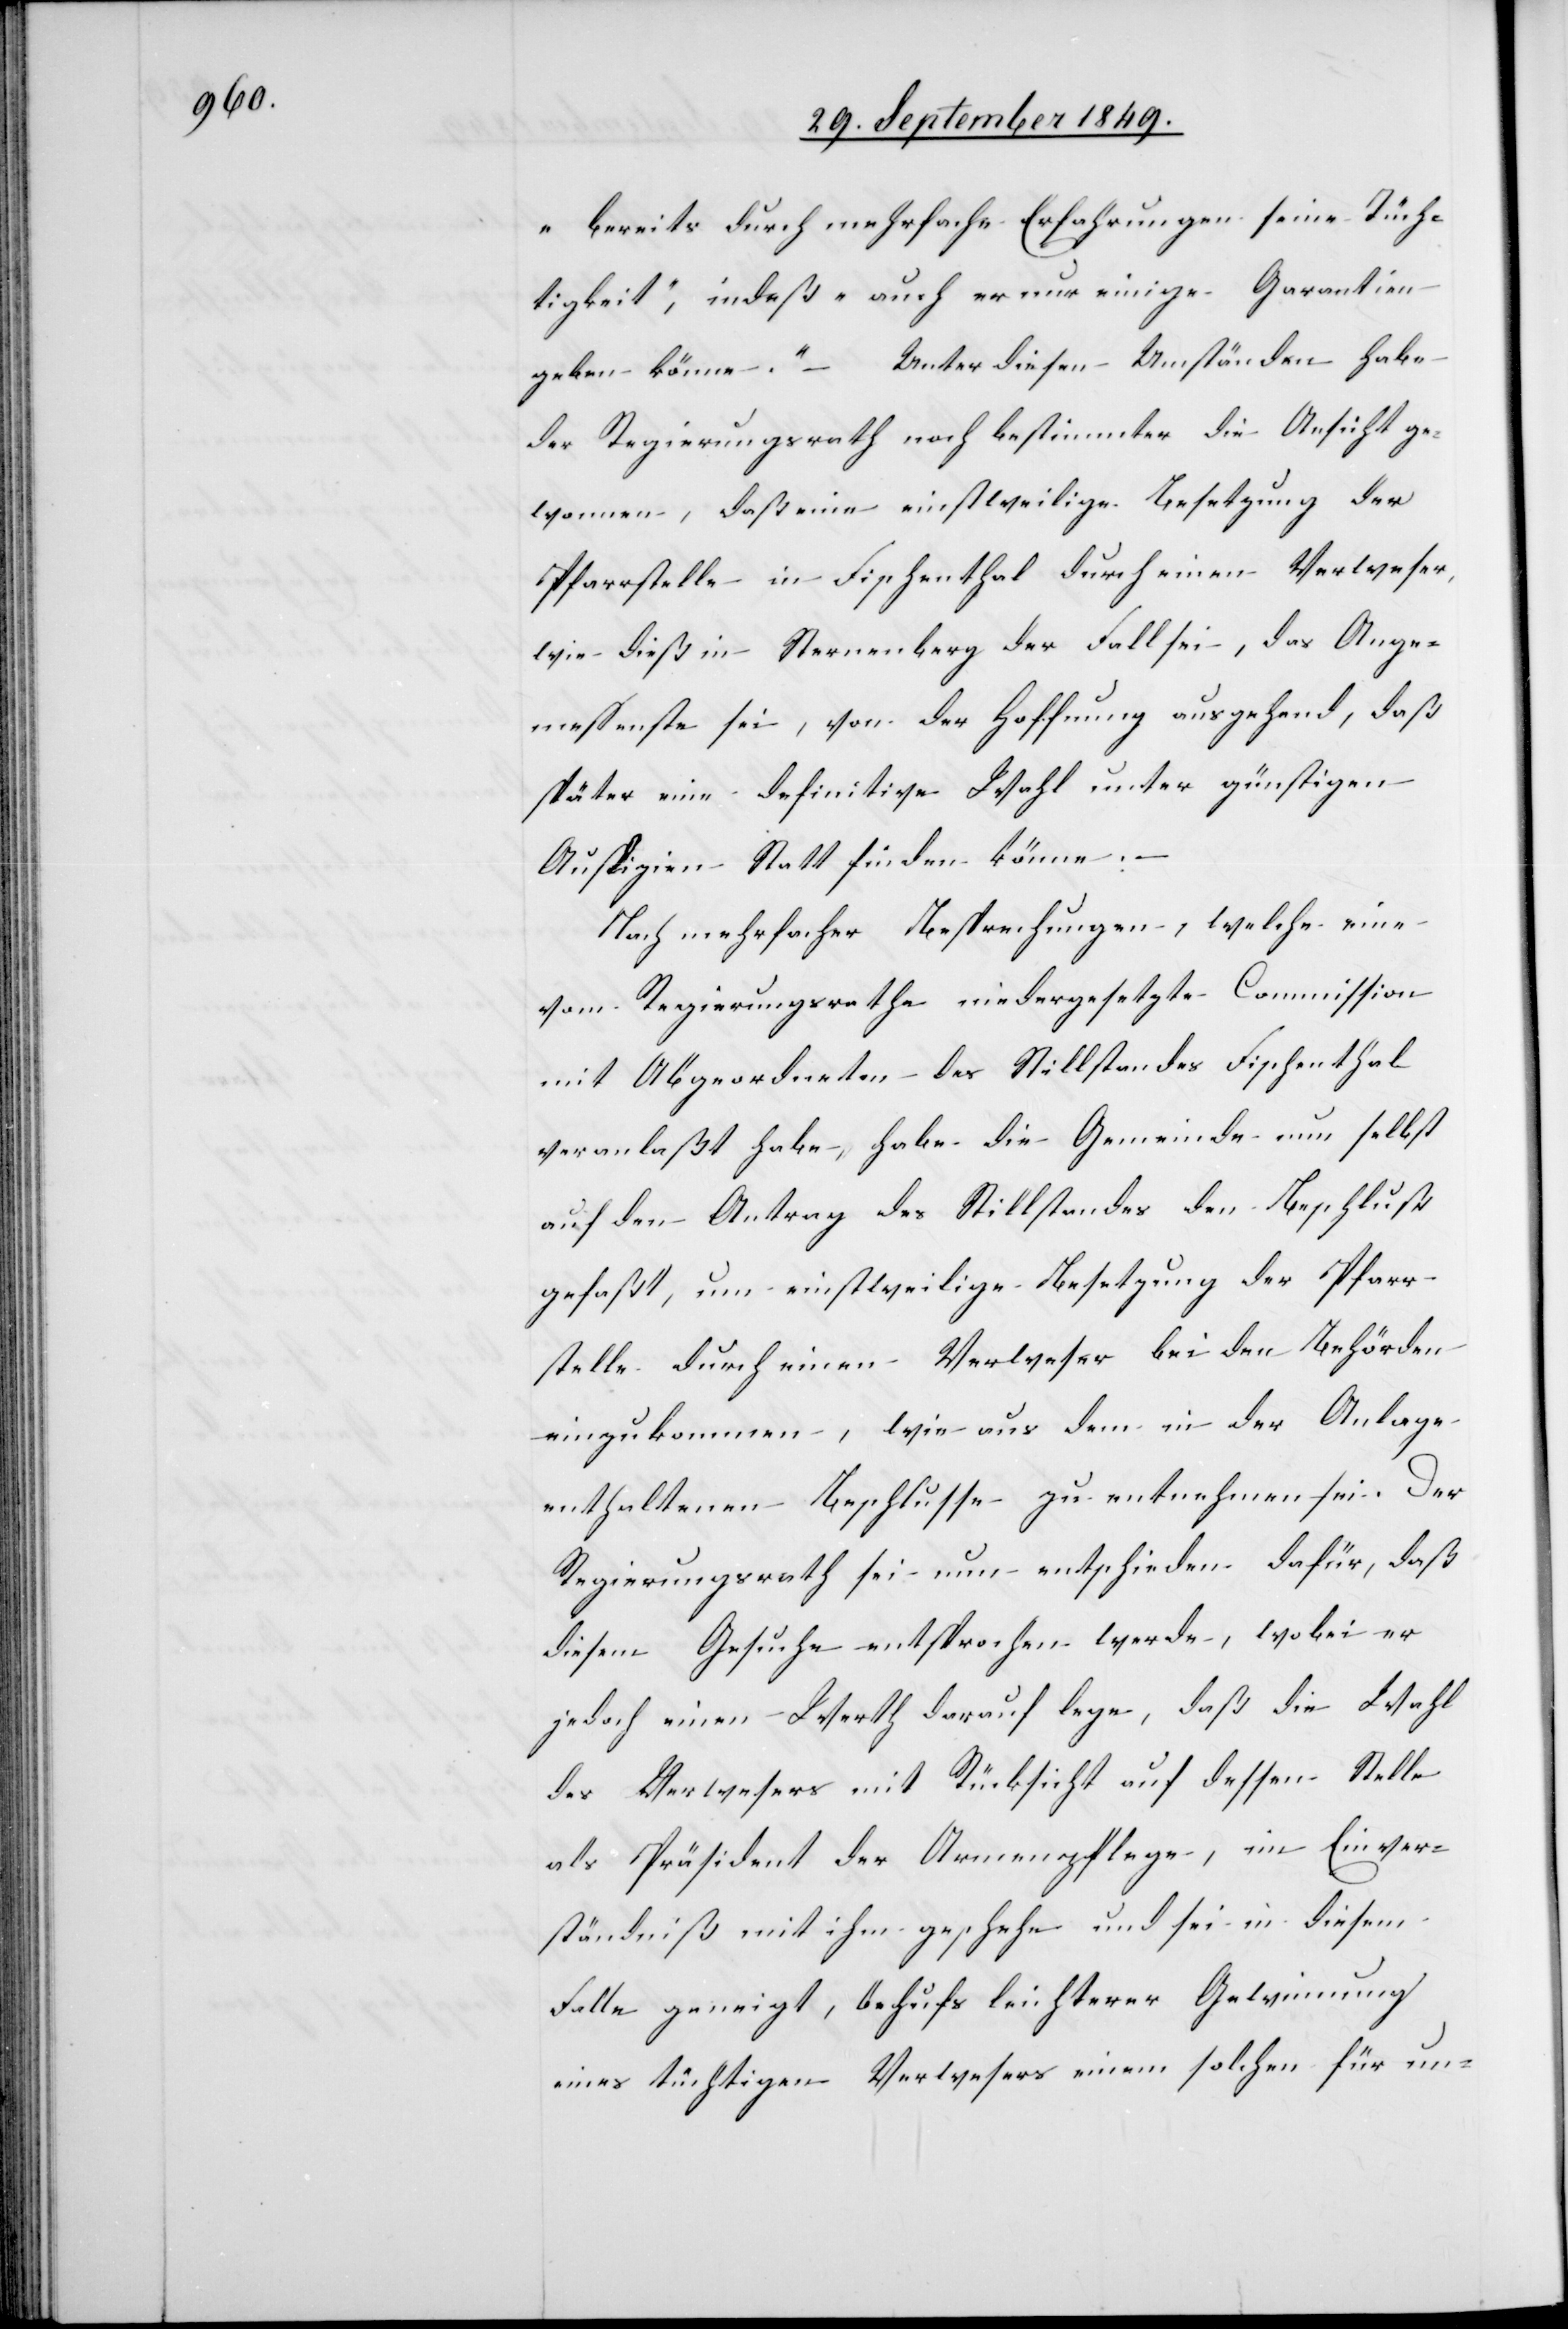
„bereits durch mehrfache Erfahrungen seine Tüch¬
tigkeit“, indeß „auch er nur einige Garantien
geben könne“ – Unter diesen Umständen habe
der Regierungsrath noch bestimmter die Ansicht ge¬
wonnen, daß eine einstweilige Besetzung der
Pfarrstelle in Fischenthal durch einen Verweser,
wie dieß in Sternenberg der Fall sei, das Ange¬
messenste sei, von der Hoffnung ausgehend, daß
später eine definitive Wahl unter günstigen
Auspizien Statt finden könne: –
Nach mehrfacher Besprechungen, welche eine
vom Regierungsrathe niedergesetzte Commission
mit Abgeordneten des Stillstandes Fischenthal
veranlaßt habe, habe die Gemeinde nun selbst
auf den Antrag des Stillstandes den Beschluß
gefaßt, um einstweilige Besetzung der Pfarr¬
stelle durch einen Verweser bei den Behörden
einzukommen, wie aus dem in der Anlage
enthaltenen Beschlusse zu entnehmen sei. Der
Regierungsrath sei nun entschieden dafür, daß
diesem Gesuche entsprochen werde, wobei er
jedoch einen Werth darauf lege, daß die Wahl
des Verwesers mit Rücksicht auf dessen Stelle
als Präsident der Armenpflege, im Einver¬
ständniß mit ihm geschehe und sei in diesem
Falle geneigt, behufs leichterer Gewinnung
eines tüchtigen Verwesers einem solchen für un-